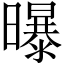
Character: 曝